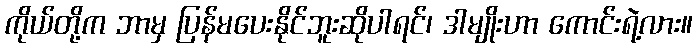
ကိုယ်တို့က ဘာမှ ပြန်မပေးနိုင်ဘူးဆိုပါရင်၊ ဒါမျိုးဟာ ကောင်းရဲ့လား။